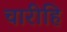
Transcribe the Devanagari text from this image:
चारीहि